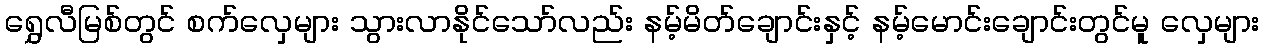
ရွှေလီမြစ်တွင် စက်လှေများ သွားလာနိုင်သော်လည်း နမ့်မိတ်ချောင်းနှင့် နမ့်မောင်းချောင်းတွင်မူ လှေများ